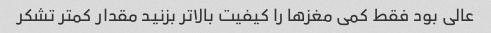
عالی بود فقط کمی مغز‌ها را کیفیت بالاتر بزنید مقدار کمتر تشکر